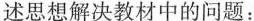
述思想解决教材中的问题：